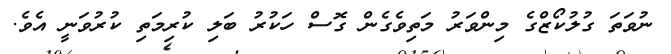
ނުވަތަ ގުލުކޯޒްގެ މިންވަރު މަތިވެގެން ގޮސް ހަކުރު ބަލި ކުރިމަތި ކުރުވަނީ އެވެ.